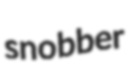
snobber